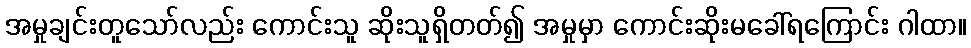
အမှုချင်းတူသော်လည်း ကောင်းသူ ဆိုးသူရှိတတ်၍ အမှုမှာ ကောင်းဆိုးမခေါ်ရကြောင်း ဂါထာ။